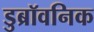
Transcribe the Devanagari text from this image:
डुब्रॉवनिक